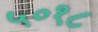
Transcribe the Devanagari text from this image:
५०१८